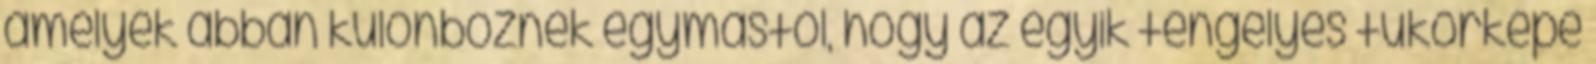
amelyek abban különböznek egymástól, hogy az egyik tengelyes tükörképe